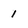
Character: 1